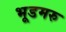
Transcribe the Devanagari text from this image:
भूडमरु